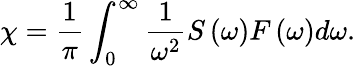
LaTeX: \chi=\frac{1}{\pi}\int_{0}^{\infty}\frac{1}{\omega^{2}}S\left(\omega\right)F\left(\omega\right)d\omega.